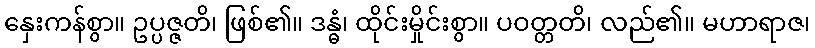
နှေးကန်စွာ။ ဥပ္ပဇ္ဇတိ၊ ဖြစ်၏။ ဒန္ဓံ၊ ထိုင်းမှိုင်းစွာ။ ပဝတ္တတိ၊ လည်၏။ မဟာရာဇ၊